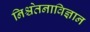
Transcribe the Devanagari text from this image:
निश्चेतनाविज्ञान